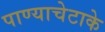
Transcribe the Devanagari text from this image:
पाण्याचेटाके